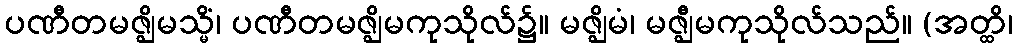
ပဏီတမဇ္ဈိမသ္မိံ၊ ပဏီတမဇ္ဈိမကုသိုလ်၌။ မဇ္ဈိမံ၊ မဇ္ဈီမကုသိုလ်သည်။ (အတ္ထိ၊